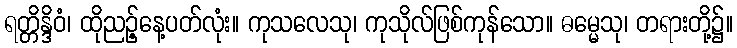
ရတ္တိန္ဒိဝံ၊ ထိုညဉ့်နေ့ပတ်လုံး။ ကုသလေသု၊ ကုသိုလ်ဖြစ်ကုန်သော။ ဓမ္မေသု၊ တရားတို့၌။